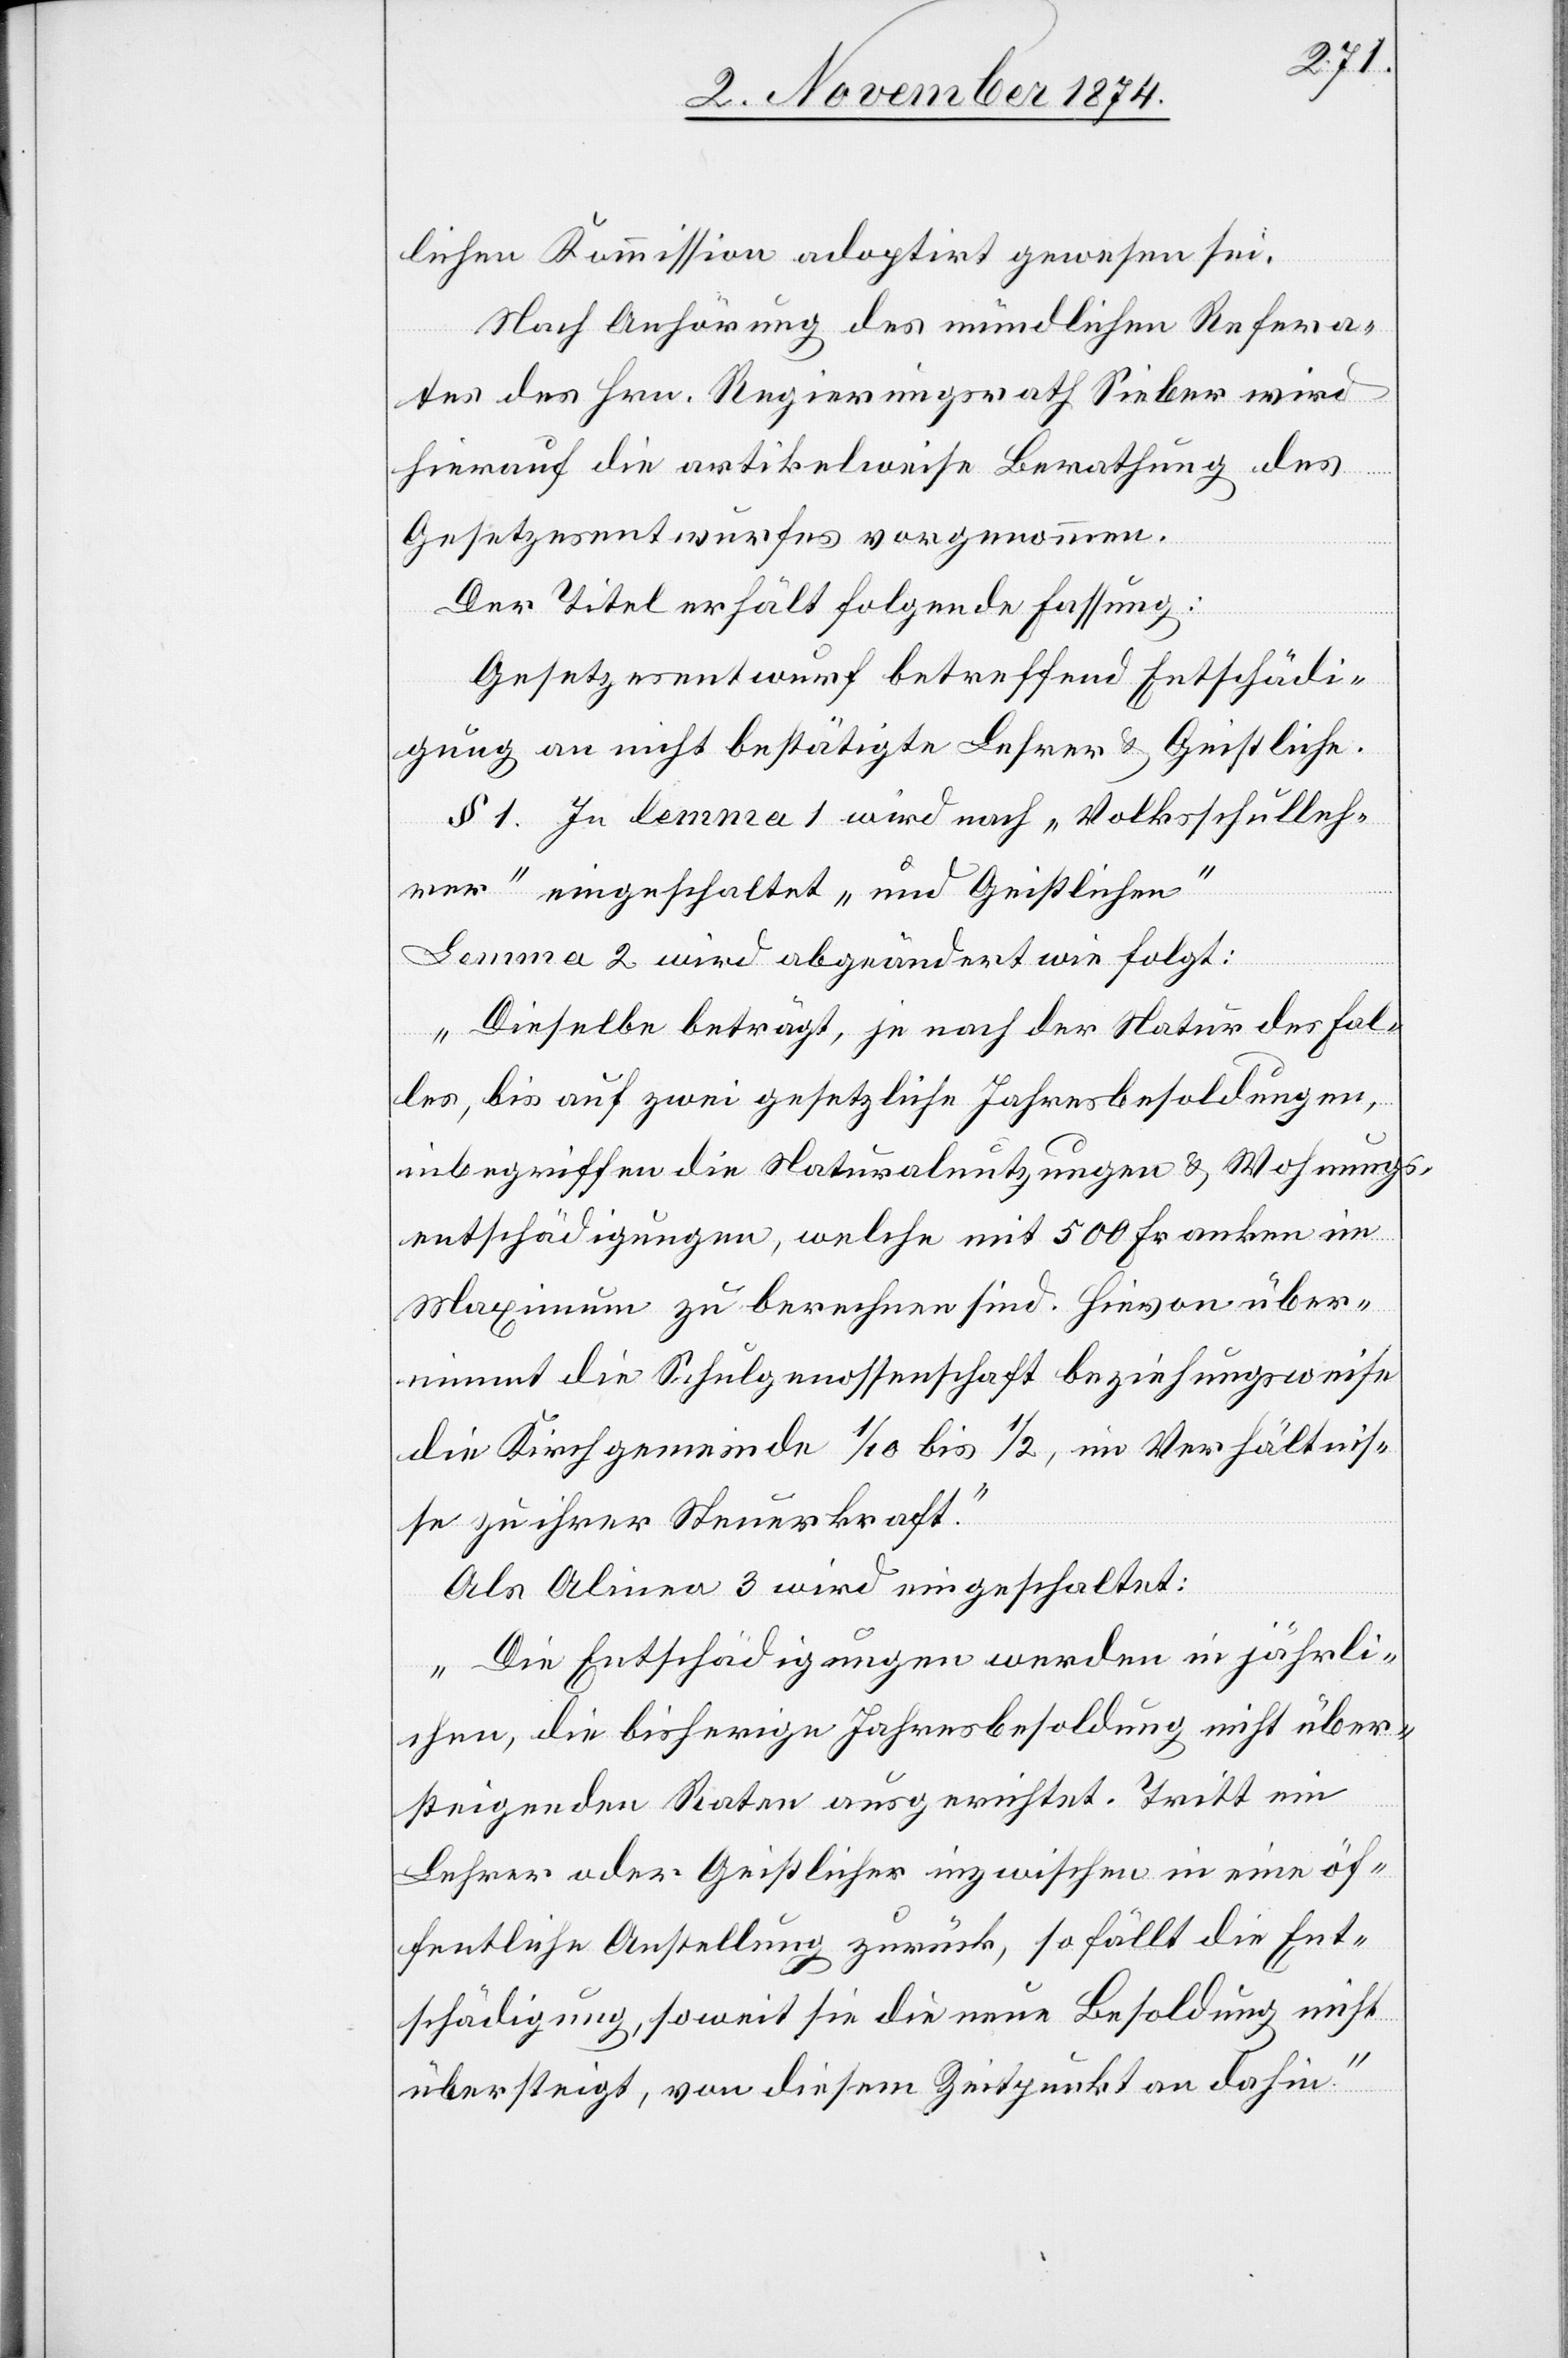
lichen Kommission adoptirt gewesen sei.
Nach Anhörung des mündlichen Refera¬
tes des Hrn. Regierungsrath Sieber wird
hierauf die artikelweise Berathung des
Gesetzesentwurfes vorgenommen.
Der Titel erhält folgende Fassung:
Gesetzesentwurf betreffend Entschädi¬
gung an nicht bestätigte Lehrer & Geistliche.
§ 1. In lemma 1 wird nach „Volksschulleh¬
rer“ eingeschaltet „und Geistlichen“
Lemma 2 wird abgeändert wie folgt:
„Dieselbe beträgt, je nach der Natur des Fal¬
les, bis auf zwei gesetzliche Jahresbesoldungen,
inbegriffen die Naturalnutzungen & Wohnungs¬
entschädigungen, welche mit 500 Franken im
Maximum zu berechnen sind. Hievon über¬
nimmt die Schulgenossenschaft beziehungsweise
die Kirchgemeinde 1/10 bis 1/2, im Verhältnis¬
se zu ihrer Steuerkraft.“
Als Alinea 3 wird eingeschaltet:
„Die Entschädigungen werden in jährli¬
chen, die bisherigen Jahresbesoldung nicht über¬
steigenden Raten ausgerichtet. Tritt ein
Lehrer oder Geistlicher inzwischen in eine öf¬
fentliche Anstellung zurück, so fällt die Ent¬
schädigung, soweit sie die neue Besoldung nicht
übersteigt, von diesem Zeitpunkt an dahin.“